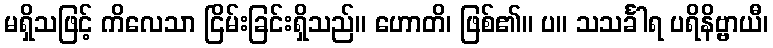
မရှိသဖြင့် ကိလေသာ ငြိမ်းခြင်းရှိသည်။ ဟောတိ၊ ဖြစ်၏။ ပ။ သသင်္ခါရ ပရိနိဗ္ဗာယီ၊